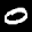
Label: 0